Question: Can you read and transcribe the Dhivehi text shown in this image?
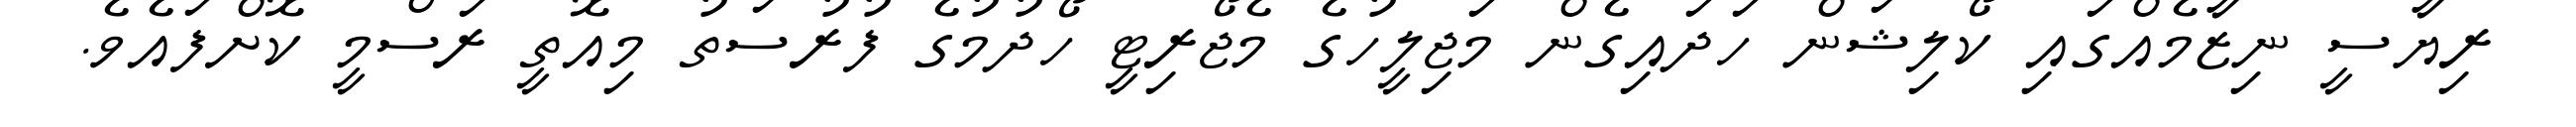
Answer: ރިޔާސީ ނިޒާމެއްގައި ކޯލިޝަން ހަދައިގެން މަޖިލީހުގެ މެޖޯރިޓީ ހޯދުމުގެ ފުރުސަތު މިއޮތީ ރަސްމީ ކޮށްފައެވެ.